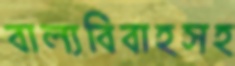
বাল্যবিবাহসহ